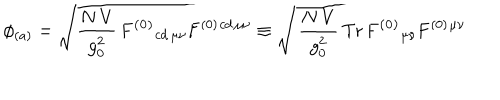
\phi _ { ( a ) } = \sqrt { { \frac { N \, V } { g _ { 0 } ^ { 2 } } } \, \mathbf { F ^ { ( 0 ) } } { } _ { c d \, \mu \nu } \mathbf { F } ^ { ( 0 ) } { } ^ { c d \, \mu \nu } } \equiv \sqrt { \, { \frac { N \, V } { g _ { 0 } ^ { 2 } } } \, \mathrm { T r } \, \mathbf { F ^ { ( 0 ) } } { } _ { \mu \nu } \mathbf { F } ^ { ( 0 ) } { } ^ { \mu \nu } }